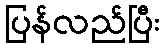
ပြန်လည်ပြီး